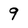
Character: 9